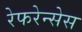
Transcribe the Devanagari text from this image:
रेफरेन्सेस